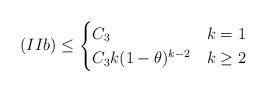
LaTeX: \begin{align*} (IIb) \leq \begin{cases}C_3 & k=1 \\C_3k(1-\theta)^{k-2} & k \geq 2\end{cases}\end{align*}